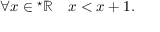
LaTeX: \forall x \in { } ^ { \star } \mathbb { R } \quad x < x + 1 .